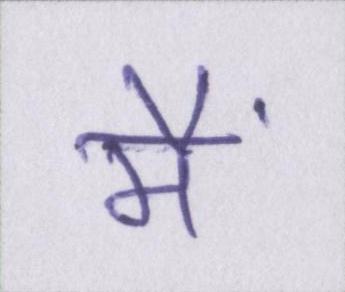
मैं